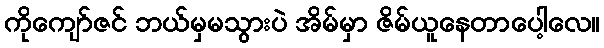
ကိုကျော်ဇင် ဘယ်မှမသွားပဲ အိမ်မှာ ဇိမ်ယူနေတာပေါ့လေ။